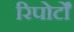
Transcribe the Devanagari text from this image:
रिपोर्टोँं